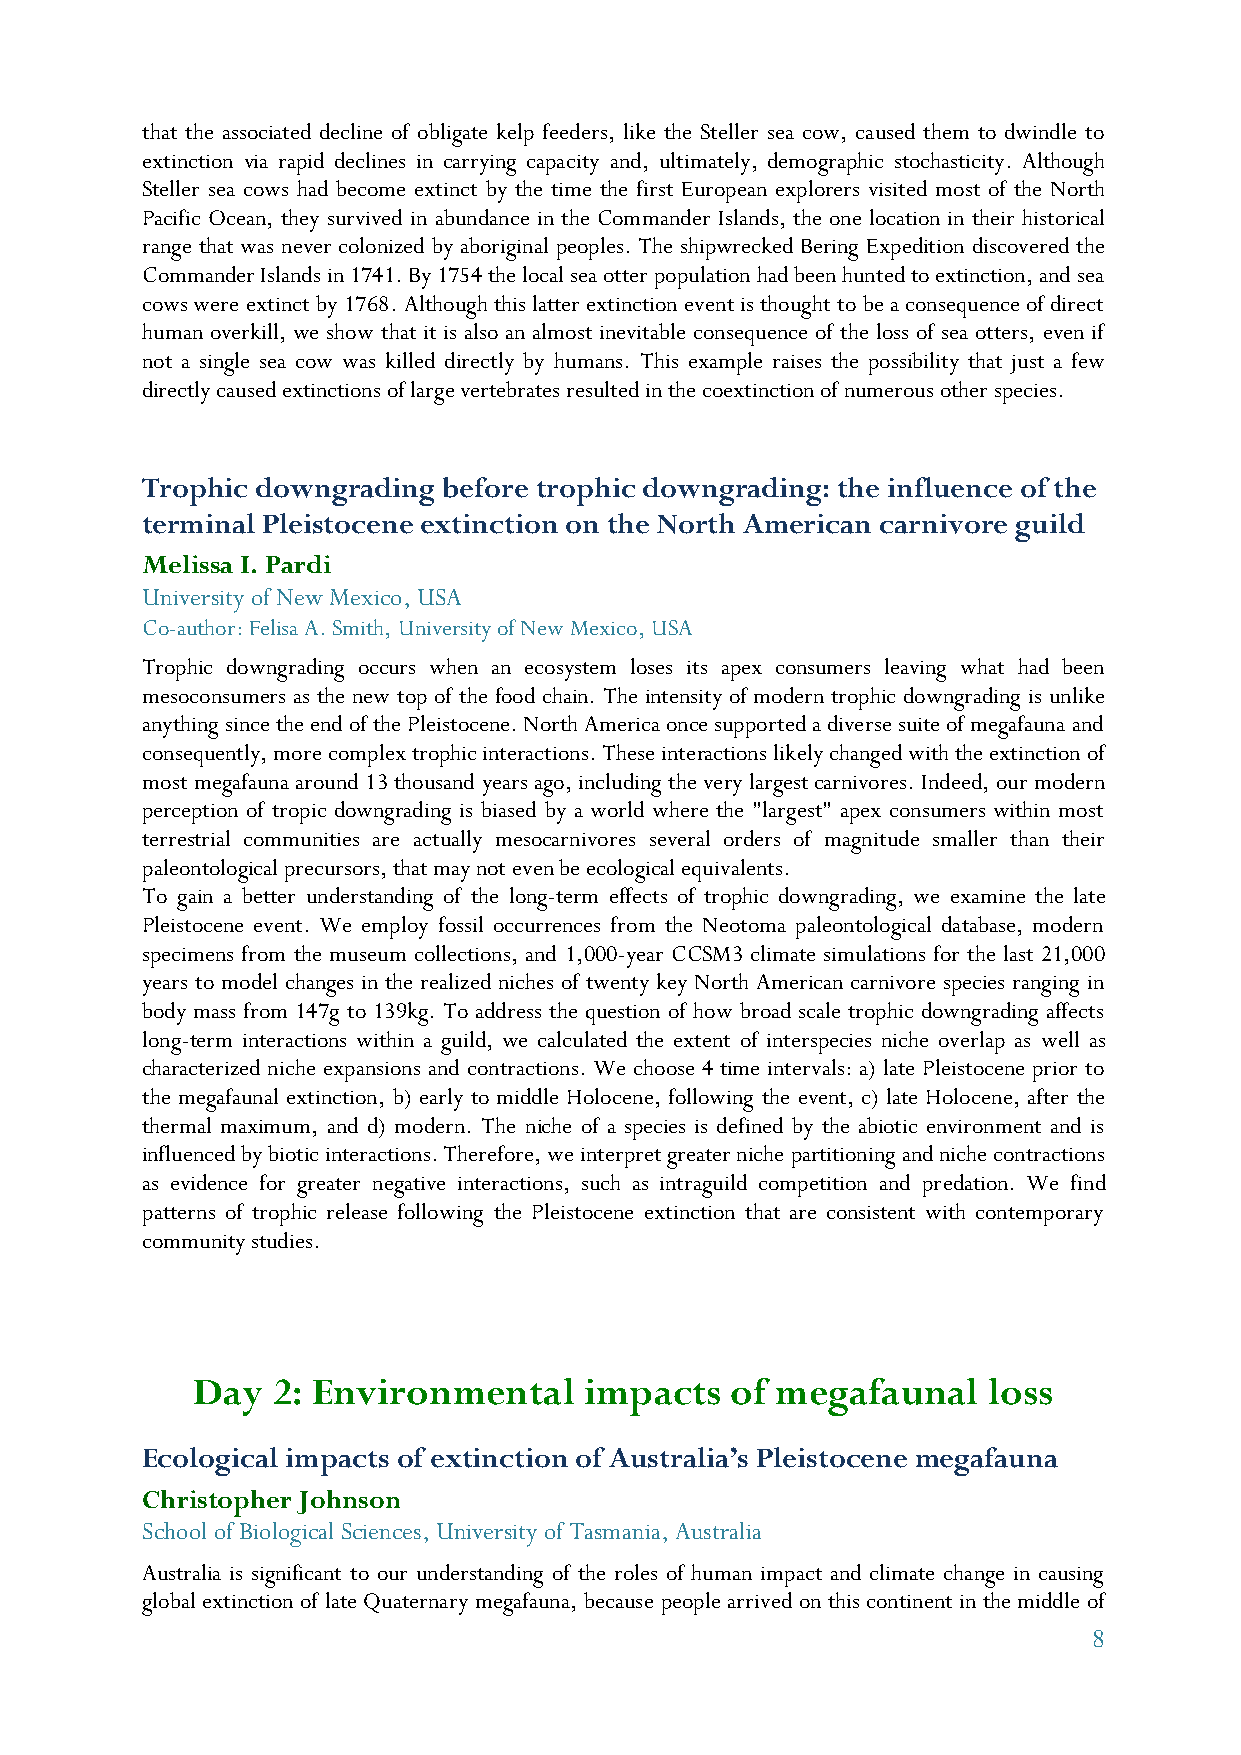
that the associated decline of obligate kelp feeders, like the Steller sea cow, caused them to dwindle to
 extinction via rapid declines in carrying capacity and, ultimately, demographic stochasticity. Although
 Steller sea cows had become extinct by the time the first European explorers visited most of the North
 Pacific Ocean, they survived in abundance in the Commander Islands, the one location in their historical
 range that was never colonized by aboriginal peoples. The shipwrecked Bering Expedition discovered the
 Commander Islands in 1741. By 1754 the local sea otter population had been hunted to extinction, and sea
 cows were extinct by 1768. Although this latter extinction event is thought to be a consequence of direct
 human overkill, we show that it is also an almost inevitable consequence of the loss of sea otters, even if
 not a single sea cow was killed directly by humans. This example raises the possibility that just a few
 directly caused extinctions of large vertebrates resulted in the coextinction of numerous other species.
 Trophic downgrading before trophic downgrading: the influence of the
 terminal Pleistocene extinction on the North American carnivore guild
 Melissa I. Pardi
 University of New Mexico, USA
 Co-author: Felisa A. Smith, University of New Mexico, USA
 Trophic downgrading occurs when an ecosystem loses its apex consumers leaving what had been
 mesoconsumers as the new top of the food chain. The intensity of modern trophic downgrading is unlike
 anything since the end of the Pleistocene. North America once supported a diverse suite of megafauna and
 consequently, more complex trophic interactions. These interactions likely changed with the extinction of
 most megafauna around 13 thousand years ago, including the very largest carnivores. Indeed, our modern
 perception of tropic downgrading is biased by a world where the "largest" apex consumers within most
 terrestrial communities are actually mesocarnivores several orders of magnitude smaller than their
 paleontological precursors, that may not even be ecological equivalents.
 To gain a better understanding of the long-term effects of trophic downgrading, we examine the late
 Pleistocene event. We employ fossil occurrences from the Neotoma paleontological database, modern
 specimens from the museum collections, and 1,000-year CCSM3 climate simulations for the last 21,000
 years to model changes in the realized niches of twenty key North American carnivore species ranging in
 body mass from 147g to 139kg. To address the question of how broad scale trophic downgrading affects
 long-term interactions within a guild, we calculated the extent of interspecies niche overlap as well as
 characterized niche expansions and contractions. We choose 4 time intervals: a) late Pleistocene prior to
 the megafaunal extinction, b) early to middle Holocene, following the event, c) late Holocene, after the
 thermal maximum, and d) modern. The niche of a species is defined by the abiotic environment and is
 influenced by biotic interactions. Therefore, we interpret greater niche partitioning and niche contractions
 as evidence for greater negative interactions, such as intraguild competition and predation. We find
 patterns of trophic release following the Pleistocene extinction that are consistent with contemporary
 community studies.
 Day  2: Environmental     impacts  of megafaunal    loss
 Ecological impacts of extinction of Australia’s Pleistocene megafauna
 Christopher Johnson
 School of Biological Sciences, University of Tasmania, Australia
 Australia is significant to our understanding of the roles of human impact and climate change in causing
 global extinction of late Quaternary megafauna, because people arrived on this continent in the middle of
 8